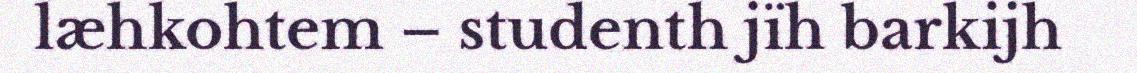
læhkohtem – studenth jïh barkijh